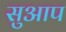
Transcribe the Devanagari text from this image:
सुआप